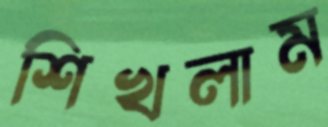
শিখলাম